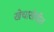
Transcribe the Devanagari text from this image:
खेचाखेचीत